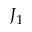
J _ { 1 }